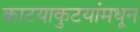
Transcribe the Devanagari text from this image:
काटयाकुटयांमधून